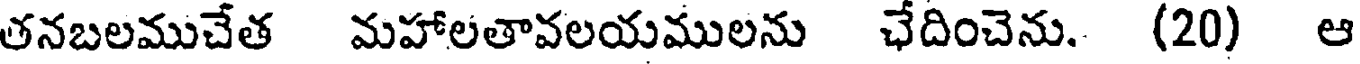
తనబలముచేత మహాలతావలయములను ఛేదించెను. (20) ఆ